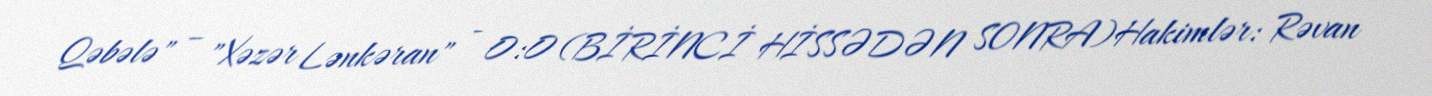
Qəbələ" – "Xəzər Lənkəran" - 0:0 (BİRİNCİ HİSSƏDƏN SONRA)Hakimlər: Rəvan